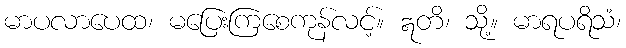
မာပလာပေထ၊ မပြေးကြစေကုန်လင့်။ ဣတိ၊ သို့။ မာရပရိသံ၊